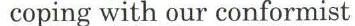
coping with our conformist